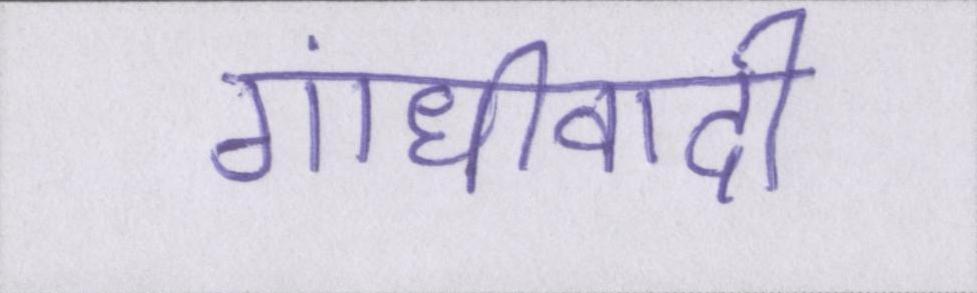
गांधीवादी